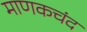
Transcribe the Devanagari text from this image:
माणकचंद